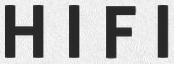
H I F I